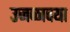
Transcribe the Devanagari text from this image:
उजळावया